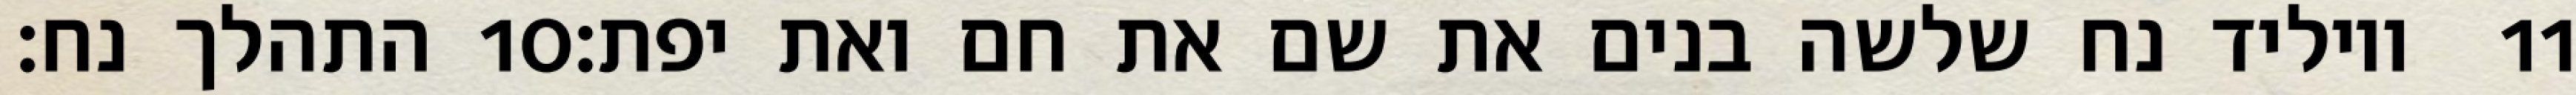
התהלך נח׃ ‎10‏ ויוליד נח שלשה בנים את שם את חם ואת יפת׃ ‎11‏